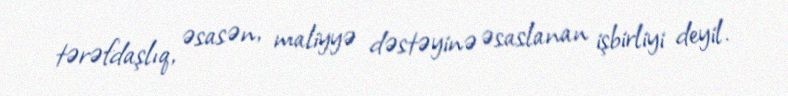
tərəfdaşlıq, əsasən, maliyyə dəstəyinə əsaslanan işbirliyi deyil.